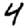
Digit: 4